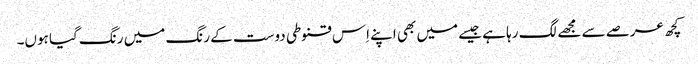
کچھ عرصے سے مجھے لگ رہا ہے جیسے میں بھی اپنے اِس قنوطی دوست کے رنگ میں رنگ گیا ہوں۔